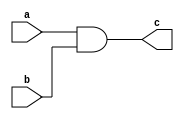
// This program was cloned from: https://github.com/efabless/clear
// License: Apache License 2.0

/////////////////////////////////////////
//  Functionality: 2-input AND 
////////////////////////////////////////
`timescale 1ns / 1ps

module and2(
  a,
  b,
  c);

input wire a;
input wire b;
output wire c;

assign c = a & b;

endmodule